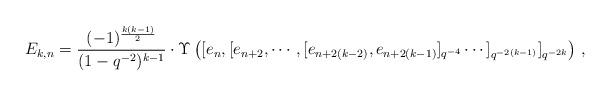
LaTeX: \begin{align*} E_{k,n}=\frac{(-1)^{\frac{k(k-1)}{2}}}{(1-q^{-2})^{k-1}}\cdot \Upsilon\left([e_{n},[e_{n+2},\cdots,[e_{n+2(k-2)},e_{n+2(k-1)}]_{q^{-4}}\cdots]_{q^{-2(k-1)}}]_{q^{-2k}}\right) \,,\end{align*}